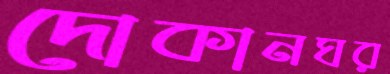
দোকানঘর